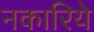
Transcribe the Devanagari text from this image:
नकारिये